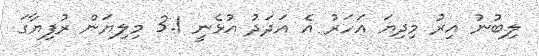
ލިބުނު އިރު މިދިޔަ އަހަރު އެ އަދަދު އުޅެނީ 3.1 މިލިޔަން ރުފިޔާގަ